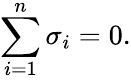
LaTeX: \sum_{i=1}^{n}\sigma_{i}=0.